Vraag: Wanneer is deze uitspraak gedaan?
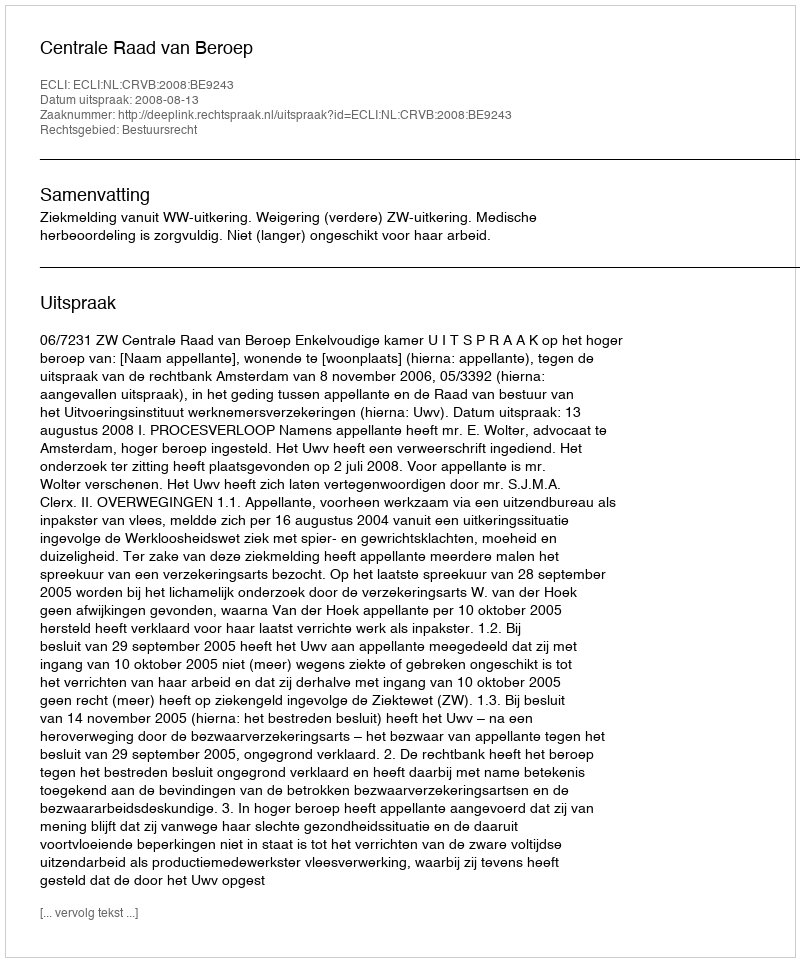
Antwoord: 2008-08-13